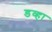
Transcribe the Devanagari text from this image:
डव्हा